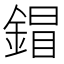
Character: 𨩩